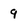
Character: 9